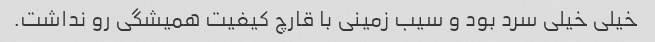
خیلی خیلی سرد بود و سیب زمینی با قارچ کیفیت همیشگی رو نداشت.